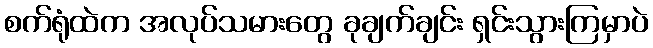
စက်ရုံထဲက အလုပ်သမားတွေ ခုချက်ချင်း ရှင်းသွားကြမှာပဲ